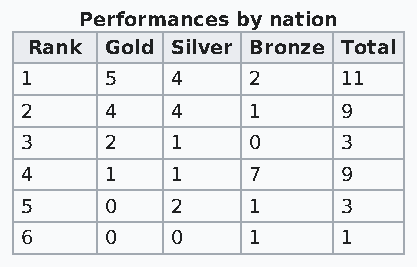
Performances by nation
 Rank Gold Silver Bronze Total
 1     5   4    2      11
 2     4   4    1      9
 3     2   1    0      3
 4     1   1    7      9
 5     0   2    1      3
 6     0   0    1      1